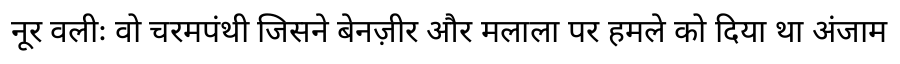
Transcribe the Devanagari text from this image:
नूर वलीः वो चरमपंथी जिसने बेनज़ीर और मलाला पर हमले को दिया था अंजाम